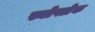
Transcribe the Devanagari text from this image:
स्नोफ्लेक